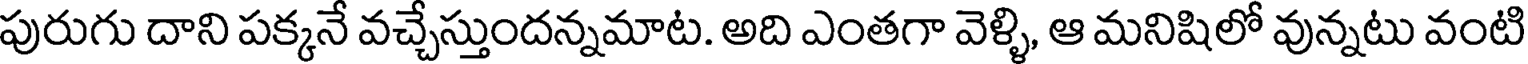
పురుగు దాని పక్కనే వచ్చేస్తుందన్నమాట. అది ఎంతగా వెళ్ళి, ఆ మనిషిలో వున్నటు వంటి